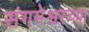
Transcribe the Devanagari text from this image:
संगमेश्वरच्या